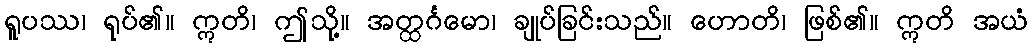
ရူပဿ၊ ရုပ်၏။ ဣတိ၊ ဤသို့။ အတ္ထင်္ဂမော၊ ချုပ်ခြင်းသည်။ ဟောတိ၊ ဖြစ်၏။ ဣတိ အယံ